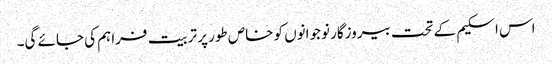
اس اسکیم کے تحت بیروزگار نوجوانوں کو خاص طور پر تربیت فراہم کی جائے گی۔